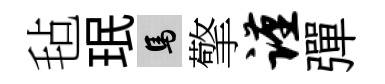
毡珉馬擎谨彈